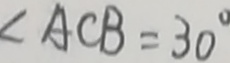
\angle A C B = 3 0 ^ { \circ }